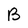
Character: B